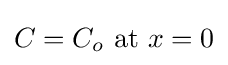
C=C_{o}{\text{ at }}x=0